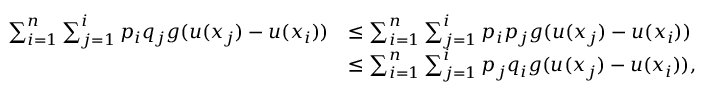
\begin{array} { r l } { \sum _ { i = 1 } ^ { n } \sum _ { j = 1 } ^ { i } p _ { i } q _ { j } g ( u ( x _ { j } ) - u ( x _ { i } ) ) } & { \leq \sum _ { i = 1 } ^ { n } \sum _ { j = 1 } ^ { i } p _ { i } p _ { j } g ( u ( x _ { j } ) - u ( x _ { i } ) ) } \\ & { \leq \sum _ { i = 1 } ^ { n } \sum _ { j = 1 } ^ { i } p _ { j } q _ { i } g ( u ( x _ { j } ) - u ( x _ { i } ) ) , } \end{array}